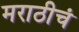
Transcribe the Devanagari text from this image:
मराठीचं